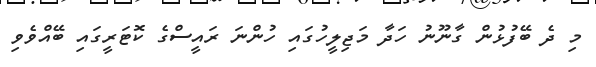
މި ދެ ބޭފުޅުން ގާނޫނު ހަދާ މަޖިލީހުގައި ހުންނަ ރައީސްގެ ކޮޓަރީގައި ބޭއްވެވި